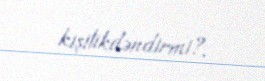
kişilikdəndirmi?.